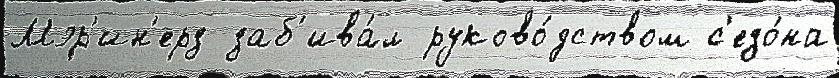
Мэр'ин'ерз заб'ива́л руково́дством с'езо́на